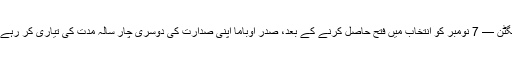
واشنگٹن — 7 نومبر کو انتخاب میں فتح حاصل کرنے کے بعد، صدر اوباما اپنی صدارت کی دوسری چار سالہ مدت کی تیاری کر رہے ہیں۔